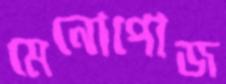
মেনোপোজ